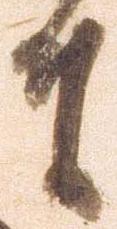
者